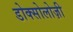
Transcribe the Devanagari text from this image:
डोक्सोलोज़ी